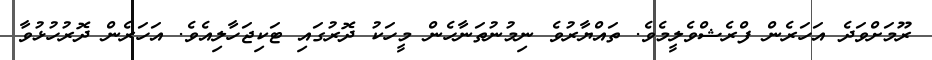
ރޫމަށްވަދެ އަހަރެން ފްރެޝްވެލީމެވެ. ތައްޔާރުވެ ނިމުނުތަނާހެން މީހަކު ދޮރުގައި ޓަކިޖަހާލިއެވެ. އަހަރެން ދޮރުހުޅުވާ